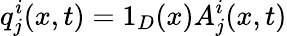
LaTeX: q_{j}^{i}(x,t)=1_{D}(x)A_{j}^{i}(x,t)